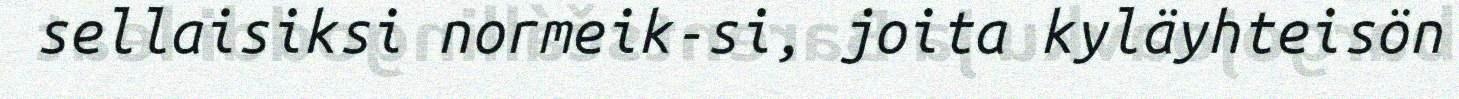
sellaisiksi normeik-si, joita kyläyhteisön